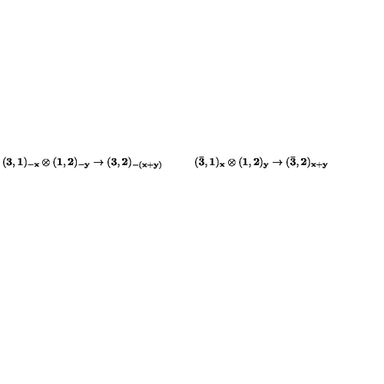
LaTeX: { \bf ( 3 , 1 ) _ { - x } \otimes ( 1 , 2 ) _ { - y } \rightarrow ( 3 , 2 ) _ { - ( x + y ) } } \qquad \quad { \bf ( \bar { 3 } , 1 ) _ { x } \otimes ( 1 , 2 ) _ { y } \rightarrow ( \bar { 3 } , 2 ) _ { x + y } }